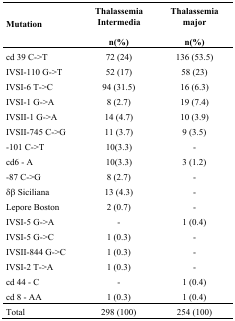
| Mutation | Thalassemia Intermedia n(%) | Thalassemia major n(%) |
 | --- | --- | --- |
 | cd 39 C->T | 72 (24) | 136 (53.5) |
 | IVSI-110 G->T | 52 (17) | 58 (23) |
 | IVSI-6 T->C | 94 (31.5) | 16 (6.3) |
 | IVSI-1 G->A | 8 (2.7) | 19 (7.4) |
 | IVSII-1 G->A | 14 (4.7) | 10 (3.9) |
 | IVSII-745 C->G | 11 (3.7) | 9 (3.5) |
 | −101 C->T | 10(3.3) | - |
 | cd6 - A | 10(3.3) | 3 (1.2) |
 | −87 C->G | 8 (2.7) | - |
 | δβSiciliana | 13 (4.3) | - |
 | Lepore Boston | 2 (0.7) | - |
 | IVSI-5 G->A | - | 1 (0.4) |
 | IVSI-5 G->C | 1 (0.3) | - |
 | IVSII-844 G->C | 1 (0.3) | - |
 | IVSI-2 T->A | 1 (0.3) | - |
 | cd 44 - C | - | 1 (0.4) |
 | cd 8 - AA | 1 (0.3) | 1 (0.4) |
 | Total | 298 (100) | 254 (100) |